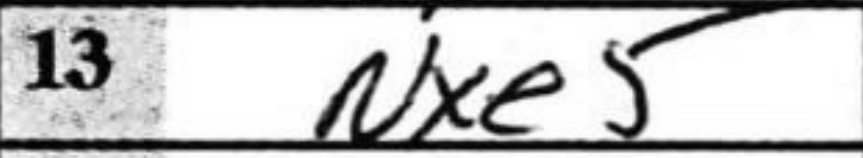
Transcription: Nxe5